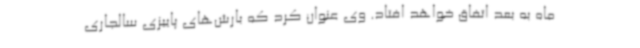
ماه به بعد اتفاق خواهد افتاد. وی عنوان کرد که بارش‌های پاییزی سالجاری